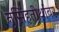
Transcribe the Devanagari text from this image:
नृसिंहतीर्थावर